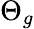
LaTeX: \Theta_{g}